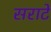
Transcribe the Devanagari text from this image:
सराटे